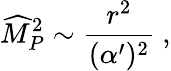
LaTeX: {\widehat M}_{P}^{2}\sim{\frac{r^{2}}{(\alpha^{\prime})^{2}}}~,